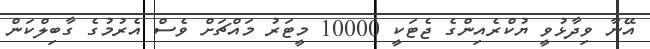
އޭނާ ވިދާޅުވީ ޔުކްރެއިންގެ ޖެޓަކީ 10000 މީޓަރު މައްޗަށް ވެސް އެރުމުގެ ގާބިލްކަން